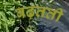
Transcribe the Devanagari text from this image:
बढ़तती